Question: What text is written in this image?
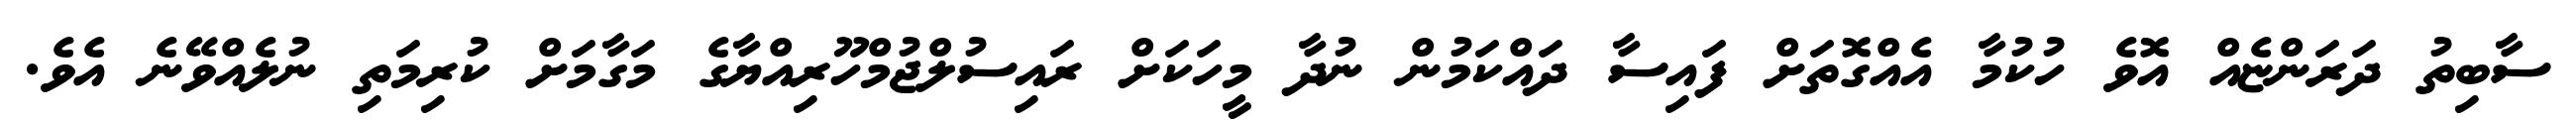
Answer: ސާބިތު ދަރަންޏެއް އޮވެ ހުކުމާ އެއްގޮތަށް ފައިސާ ދައްކަމުން ނުދާ މީހަކަށް ރައިސުލްޖުމްހޫރިއްޔާގެ މަގާމަށް ކުރިމަތި ނުލެއްވޭނެ އެވެ.